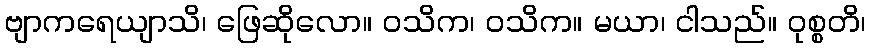
ဗျာကရေယျာသိ၊ ဖြေဆိုလော။ ဝသိက၊ ဝသိက။ မယာ၊ ငါသည်။ ဝုစ္စတိ၊